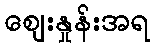
ဈေးနှုန်းအရ